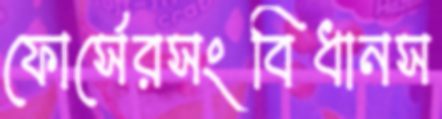
ফোর্সেরসংবিধানস